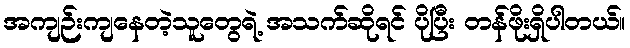
အကျဉ်းကျနေတဲ့သူတွေရဲ့ အသက်ဆိုရင် ပိုပြီး တန်ဖိုးရှိပါတယ်။